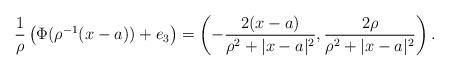
LaTeX: \begin{align*} \frac{1}{\rho} \left( \Phi(\rho^{-1} (x - a)) + e_3\right) = \left( -\frac{2(x-a)}{\rho^2+|x-a|^2}, \frac{2\rho}{\rho^2+|x-a|^2} \right). \end{align*}